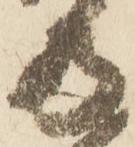
両